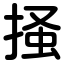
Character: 掻